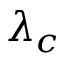
\lambda _ { c }